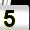
Digit: 5